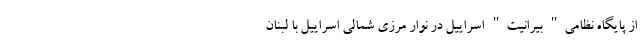
از پایگاه نظامی" بیرانیت" اسراییل در نوار مرزی شمالی اسراییل با لبنان